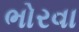
ભોરવા